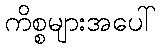
ကိစ္စများအပေါ်